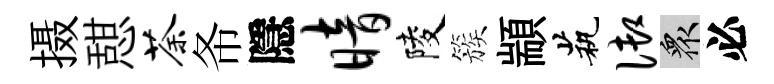
摄憇荼𢁙隱暗陵簇顓茕御衆必